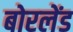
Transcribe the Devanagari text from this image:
बोरलेंड